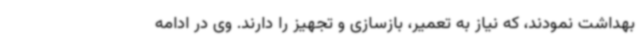
بهداشت نمودند، که نیاز به تعمیر، بازسازی و تجهیز را دارند. وی در ادامه